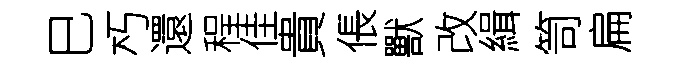
巳朽還程佳貴倀獸改緝笥扁